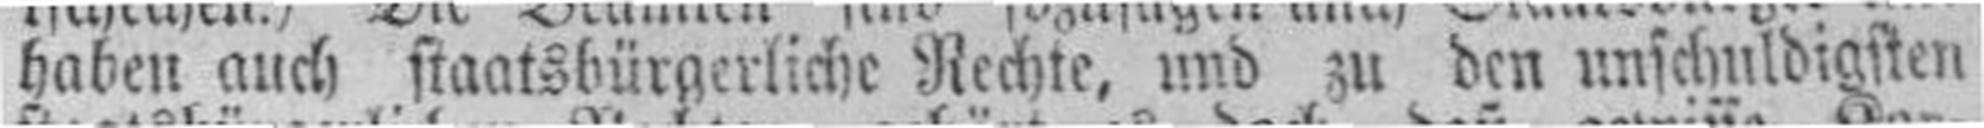
haben auch staatsbürgerliche Rechte, und zu den unschuldigsten